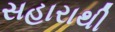
સહારાથી